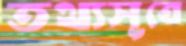
তথ্যসূত্রে